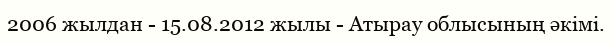
2006 жылдан - 15.08.2012 жылы - Атырау облысының әкімі.